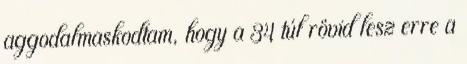
aggodalmaskodtam, hogy a 34 túl rövid lesz erre a